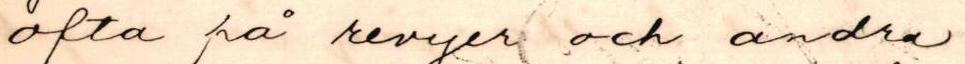
ofta på revyer och andra